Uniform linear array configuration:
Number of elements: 48
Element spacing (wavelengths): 1
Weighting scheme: binomial
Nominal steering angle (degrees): -45
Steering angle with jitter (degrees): -44.453
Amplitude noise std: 0.05
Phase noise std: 0.05

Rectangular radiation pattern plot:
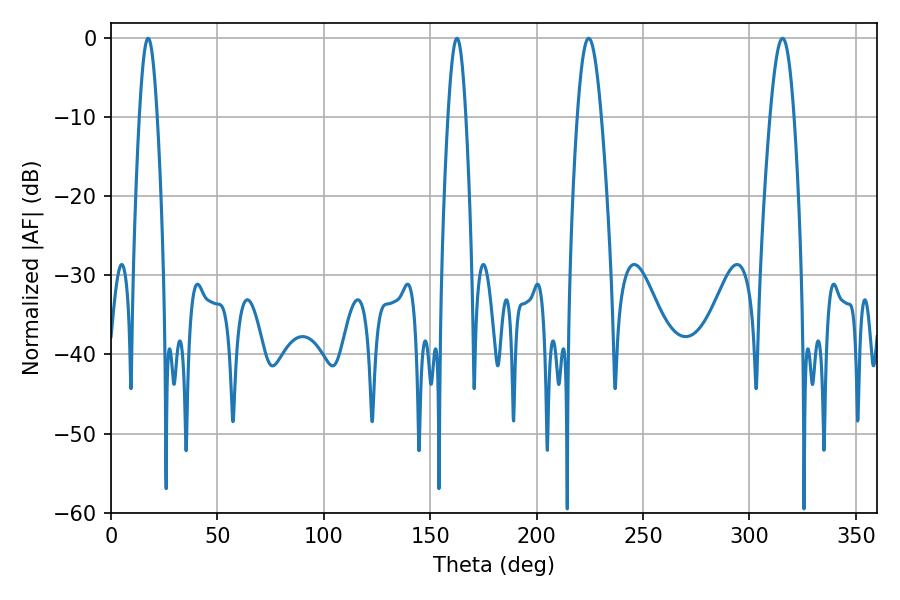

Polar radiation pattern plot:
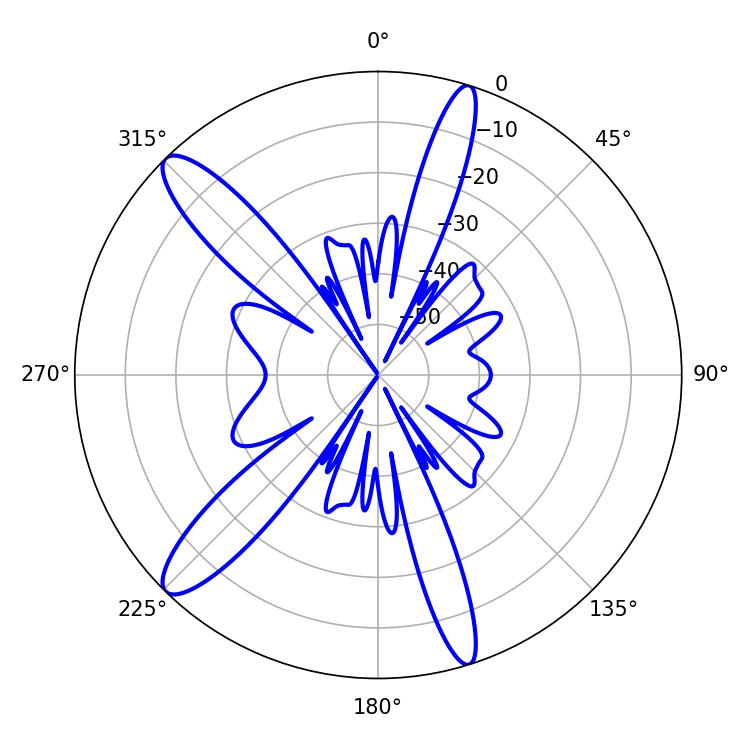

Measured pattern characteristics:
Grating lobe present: TRUE
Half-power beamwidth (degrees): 5.94
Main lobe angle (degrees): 224.46